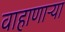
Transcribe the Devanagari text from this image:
वाहाणाऱ्या